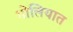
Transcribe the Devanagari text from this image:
गोलियात